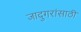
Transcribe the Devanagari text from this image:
जादुगरांसाठी